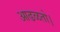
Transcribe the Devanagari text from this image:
आढळतो।